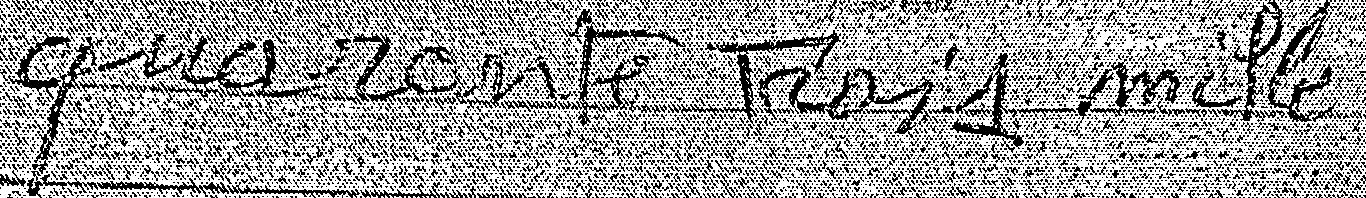
quarante trois mille